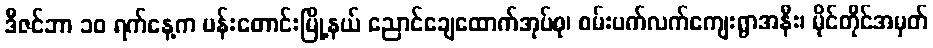
ဒီဇင်ဘာ ၁၀ ရက်နေ့က ပန်းတောင်းမြို့နယ် ညောင်ချေထောက်အုပ်စု၊ စမ်းပက်လက်ကျေးရွာအနီး၊ မိုင်တိုင်အမှတ်